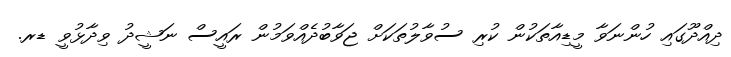
ދިއްދޫގައި ހުންނަވާ މީޑިއާތަކުން ކުރި ސުވާލުތަކަށް ޖަވާބުދެއްވަމުން ރައީސް ނަޝީދު ވިދާޅުވީ ޑރ.